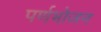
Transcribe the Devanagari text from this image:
पर्णभोजन